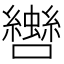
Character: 𡅀